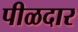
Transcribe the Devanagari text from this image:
पीळदार